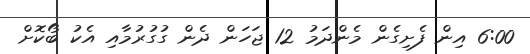
6:00 އިން ފެށިގެން މެންދަމު 12 ޖަހަން ދެން ގުގުރުމާއި އެކު ބޯކޮށް